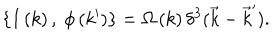
\{ I \left( k \right) , \ \phi \left( k ^ { \prime } \right) \} = \Omega \left( k \right) \delta ^ { 3 } ( \vec { k } - \vec { k } ^ { \prime } ) .